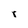
Character: r